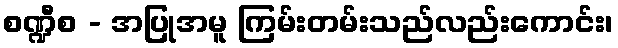
စဏ္ဍီစ - အပြုအမူ ကြမ်းတမ်းသည်လည်းကောင်း၊